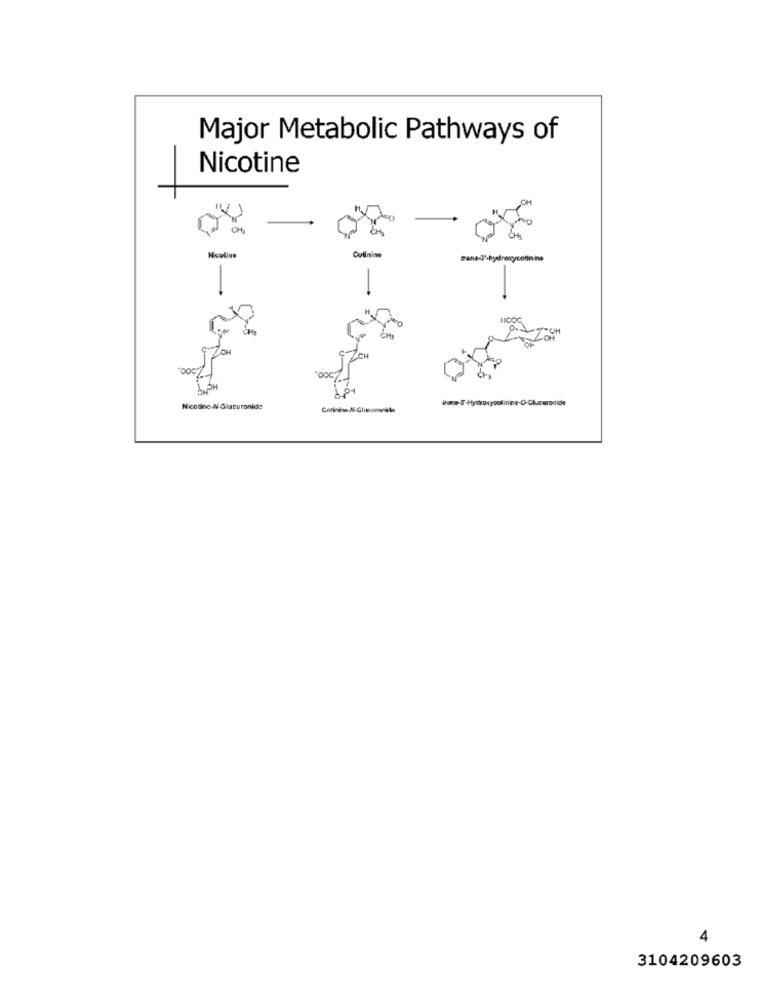
Major Metabolic Pathways of
Nicotine
04
Nowline
Colinine
ICH
Nicotine-N Glucuronide
4
3104209603